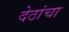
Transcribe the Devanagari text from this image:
देठांचा